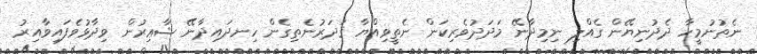
ނެތުނުމީހާ ދެދުނިޔޭން ގެއްލި ނިމިދާނޭ މަދަދުވެރިކަން ނެތީވިއްޔާ ޤަދަރުނެތިގެން ހިނދައިދާނޭ ޝާޢިރުން ވިދާޅުވެފައިވާއިރު